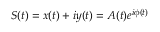
S ( t ) = x ( t ) + i y ( t ) = A ( t ) e ^ { i \phi ( t ) }